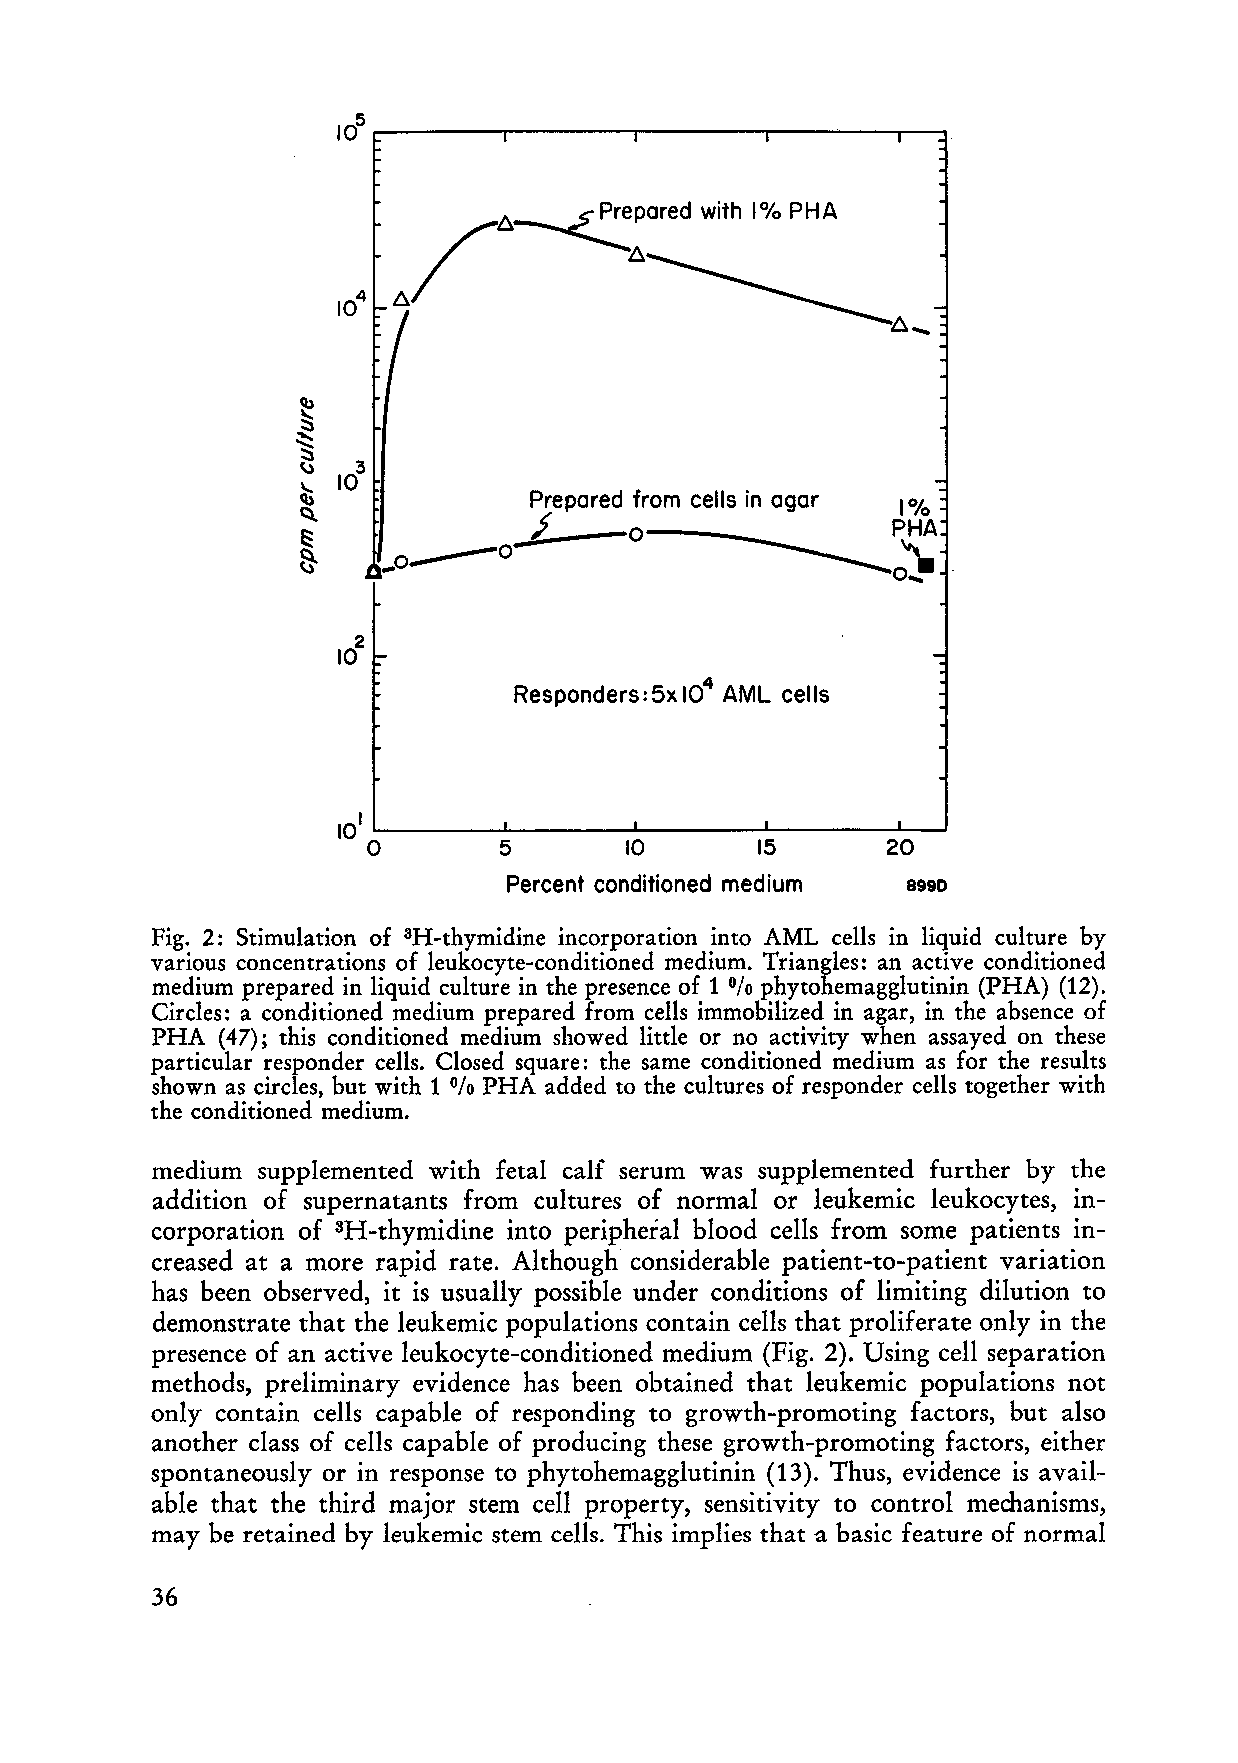
______  ________ ________ ______  __
 105~      ~        ~        ~       ~   ~
 Prepored from cells in ogor 1%
 i      o~PHA
 ____0   -                        '"
 _0                                0,.
 4
 Responders: 5x 10 AML cells
 1
 10 ~------~--------~------~--------~~
 o
 5       10       15       20
 Percent conditioned medium 8990
 Fig. 2: Stimulation of 3H-thymidine incorporation into AML cells in liquid culture by
 various concentrations of leukocyte-conditioned medium. Triangles: an active conditioned
 medium prepared in liquid culture in the presence of 1 phytohemagglutinin (PHA) (12).
 %
 Circ1es: a conditioned medium prepared from cells immobilized in agar, in the absence of
 PHA (47); this conditioned medium showed little or no activity when assayed on these
 particular responder cells. Closed square: the same conditioned medium as for the results
 shown as circ1es, but with 1 PHA added to the cultures of responder cells together with
 %
 the conditioned medium.
 medium supplemented with fetal calf serum was supplemented further by the
 addition of supernatants from cultures of normal or leukemic leukocytes, in
 corporation of 3H-thymidine into peripheial blood cells from some patients in
 creased at a more rapid rate. Although considerable patient-to-patient variation
 has been observed, it is usually possible under conditions of limiting dilution to
 demonstrate that the leukemic populations contain cells that proliferate only in the
 presence of an active leukocyte-conditioned medium (Fig. 2). Using cell separation
 methods, preliminary evidence has been obtained that leukemic populations not
 only contain cells capable of responding to growth-promoting factors, but also
 another class of cells capable of producing these growth-promoting factors, either
 spontaneously or in response to phytohemagglutinin (13). Thus, evidence is avail
 able that the third major stern cell property, sensitivity to control mechanisms,
 may be retained by leukemic stern cells. This implies that a basic feature of normal
 36